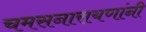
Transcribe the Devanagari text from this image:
चमसनारायणांनी